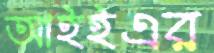
আইইএর